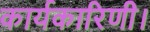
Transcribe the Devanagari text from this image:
कार्यकारिणी।